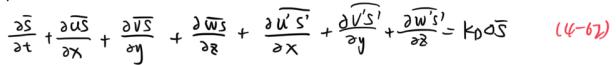
$\frac{\partial \bar{s}}{\partial t}+\frac{\partial \overline{u s}}{\partial x}+\frac{\partial \overline{v s}}{\partial y}+\frac{\partial \overline{w s}}{\partial z}+\frac{\partial \overline{u^{\prime} s^{\prime}}}{\partial x}+\frac{\partial \overline{v^{\prime} s^{\prime}}}{\partial y}+\frac{\partial \overline{w^{\prime} s^{\prime}}}{\partial z}=k \rho \nabla \bar{s} \quad(4-62)$